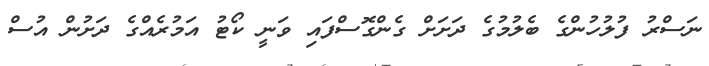
ނަސްރު ފުލުހުންގެ ބެލުމުގެ ދަށަށް ގެންގޮސްފައި ވަނީ ކޯޓު އަމުރެއްގެ ދަށުން އުސް